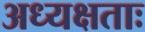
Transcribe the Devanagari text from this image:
अध्यक्षताः